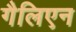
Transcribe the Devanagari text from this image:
गैलिएन